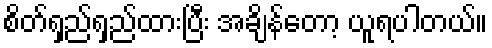
စိတ်ရှည်ရှည်ထားပြီး အချိန်တော့ ယူရပါတယ်။